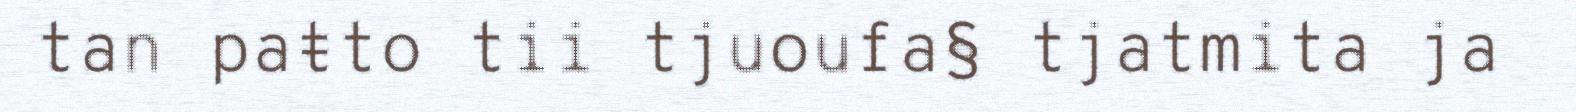
tan paŧto tii tjuoufa§ tjatmita ja